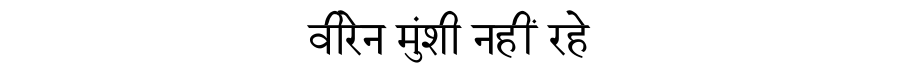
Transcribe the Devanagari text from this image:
वीरेन मुंशी नहीं रहे